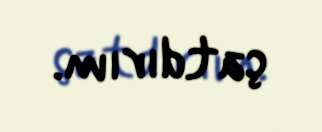
çatdırım.